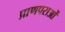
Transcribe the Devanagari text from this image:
प्राणपराओं